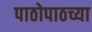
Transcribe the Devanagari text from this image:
पाठोपाठच्या